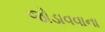
જોડાવવાના